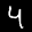
Label: 4